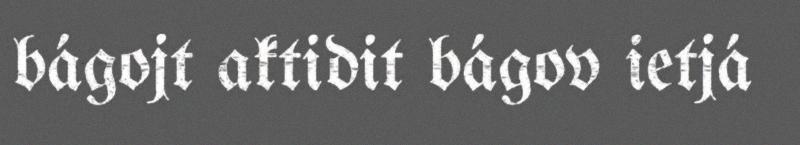
bágojt aktidit bágov ietjá